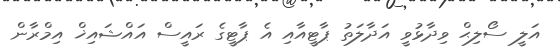
އަލީ ސޯލިޙް ވިދާޅުވީ އަދާލަތު ޕާޓީއާއި އެ ޕާޓީގެ ރައީސް އައްޝައިޚް އިމްރާން